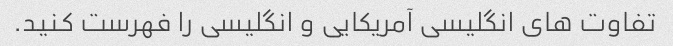
تفاوت های انگلیسی آمریکایی و انگلیسی را فهرست کنید.